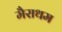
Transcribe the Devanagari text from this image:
मैराथम